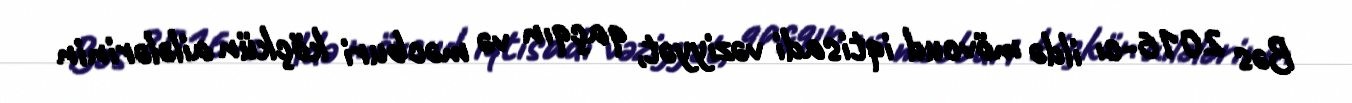
Bəs 2016-cı ildə mövcud iqtisadi vəziyyət, qaçqın və məcburi köçkün ailələrinin